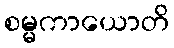
စမ္မကာယောတိ